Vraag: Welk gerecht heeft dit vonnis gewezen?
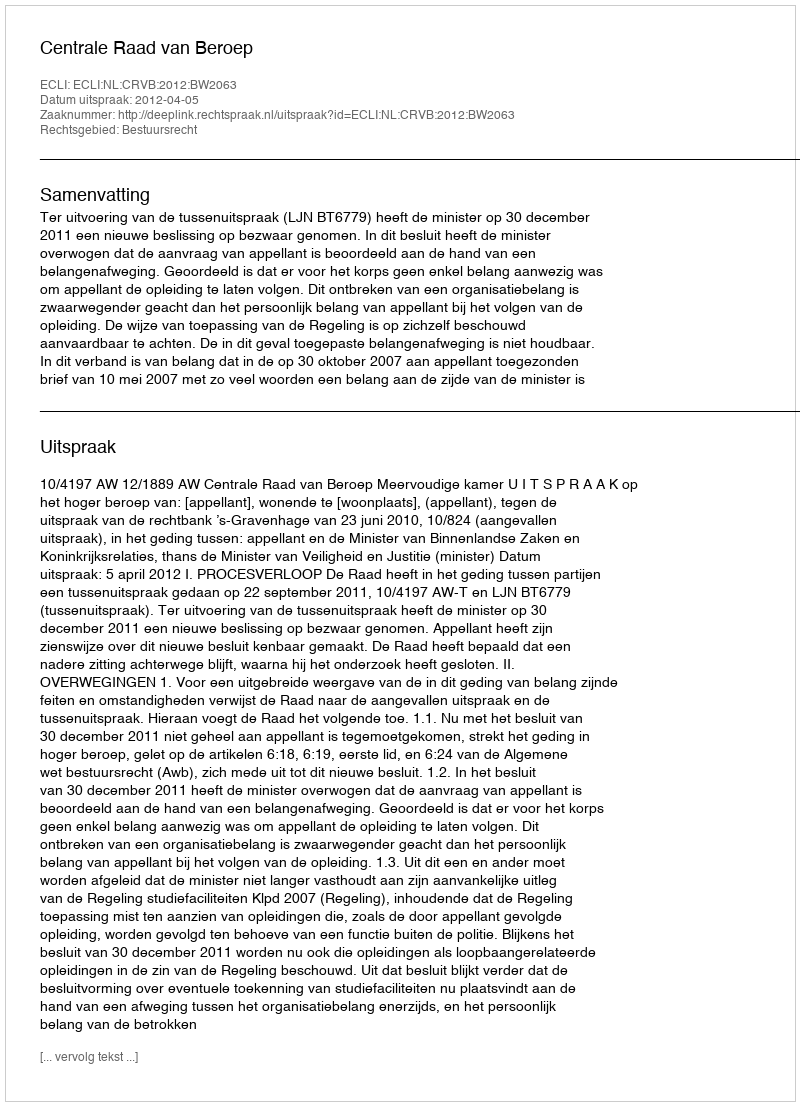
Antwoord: Centrale Raad van Beroep